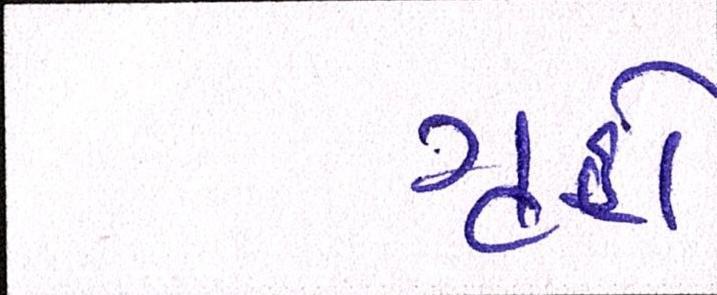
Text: ગૃહો